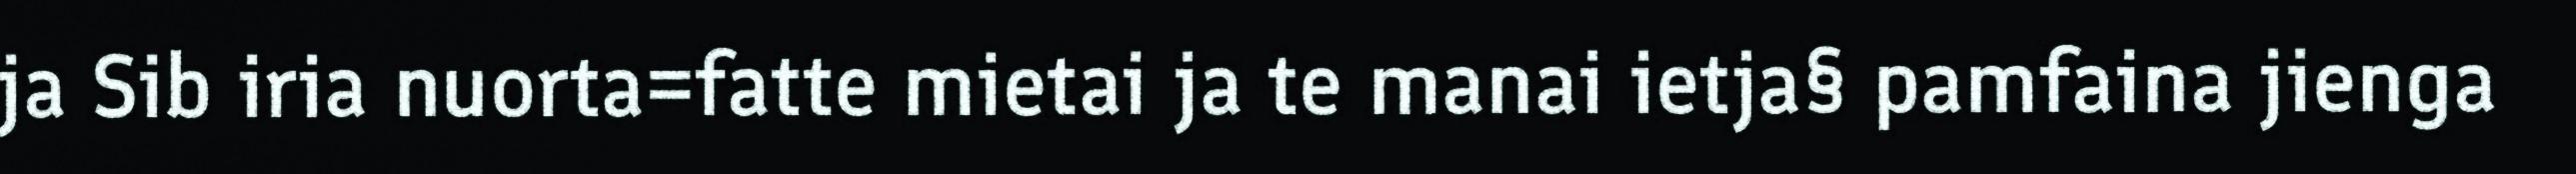
ja Sib iria nuorta=fatte mietai ja te manai ietja§ pamfaina jienga